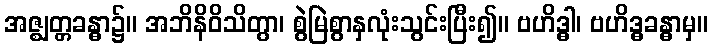
အဇ္ဈတ္တခန္ဓာ၌။ အဘိနိဝိသိတွာ၊ စွဲမြဲစွာနှလုံးသွင်းပြီး၍။ ဗဟိဒ္ဓါ၊ ဗဟိဒ္ဓခန္ဓာမှ။